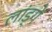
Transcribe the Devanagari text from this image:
लांड्गे